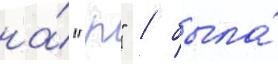
на́ "р" / была́